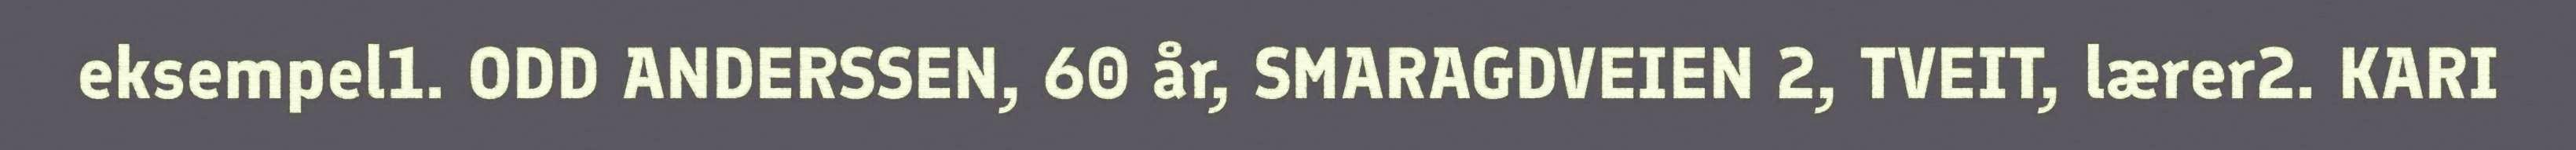
eksempel1. ODD ANDERSSEN, 60 år, SMARAGDVEIEN 2, TVEIT, lærer2. KARI